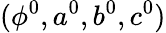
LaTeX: (\phi^{0},a^{0},b^{0},c^{0})